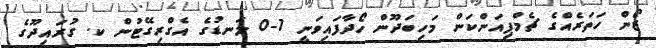
ޒޯން ހަތަރެއްގެ ޗެމްޕިއަންކަން މަހިބަދޫން ހޯދާފައިވަނީ 1-0 ލަނޑުގެ އެގްރިގޭޓުން ކ. ގުރައިދޫގެ